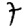
Digit: 7